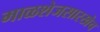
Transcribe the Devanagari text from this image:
माळशेजसारखेच